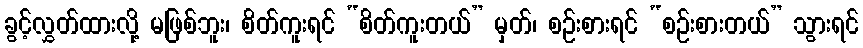
ခွင့်လွှတ်ထားလို့ မဖြစ်ဘူး၊ စိတ်ကူးရင် “စိတ်ကူးတယ်” မှတ်၊ စဉ်းစားရင် “စဉ်းစားတယ်” သွားရင်